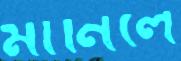
মানিলে